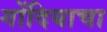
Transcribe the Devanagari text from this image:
गोंदियाचा